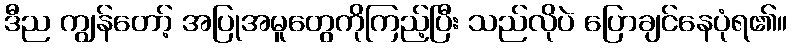
ဒီည ကျွန်တော့် အပြုအမူတွေကိုကြည့်ပြီး သည်လိုပဲ ပြောချင်နေပုံရ၏။